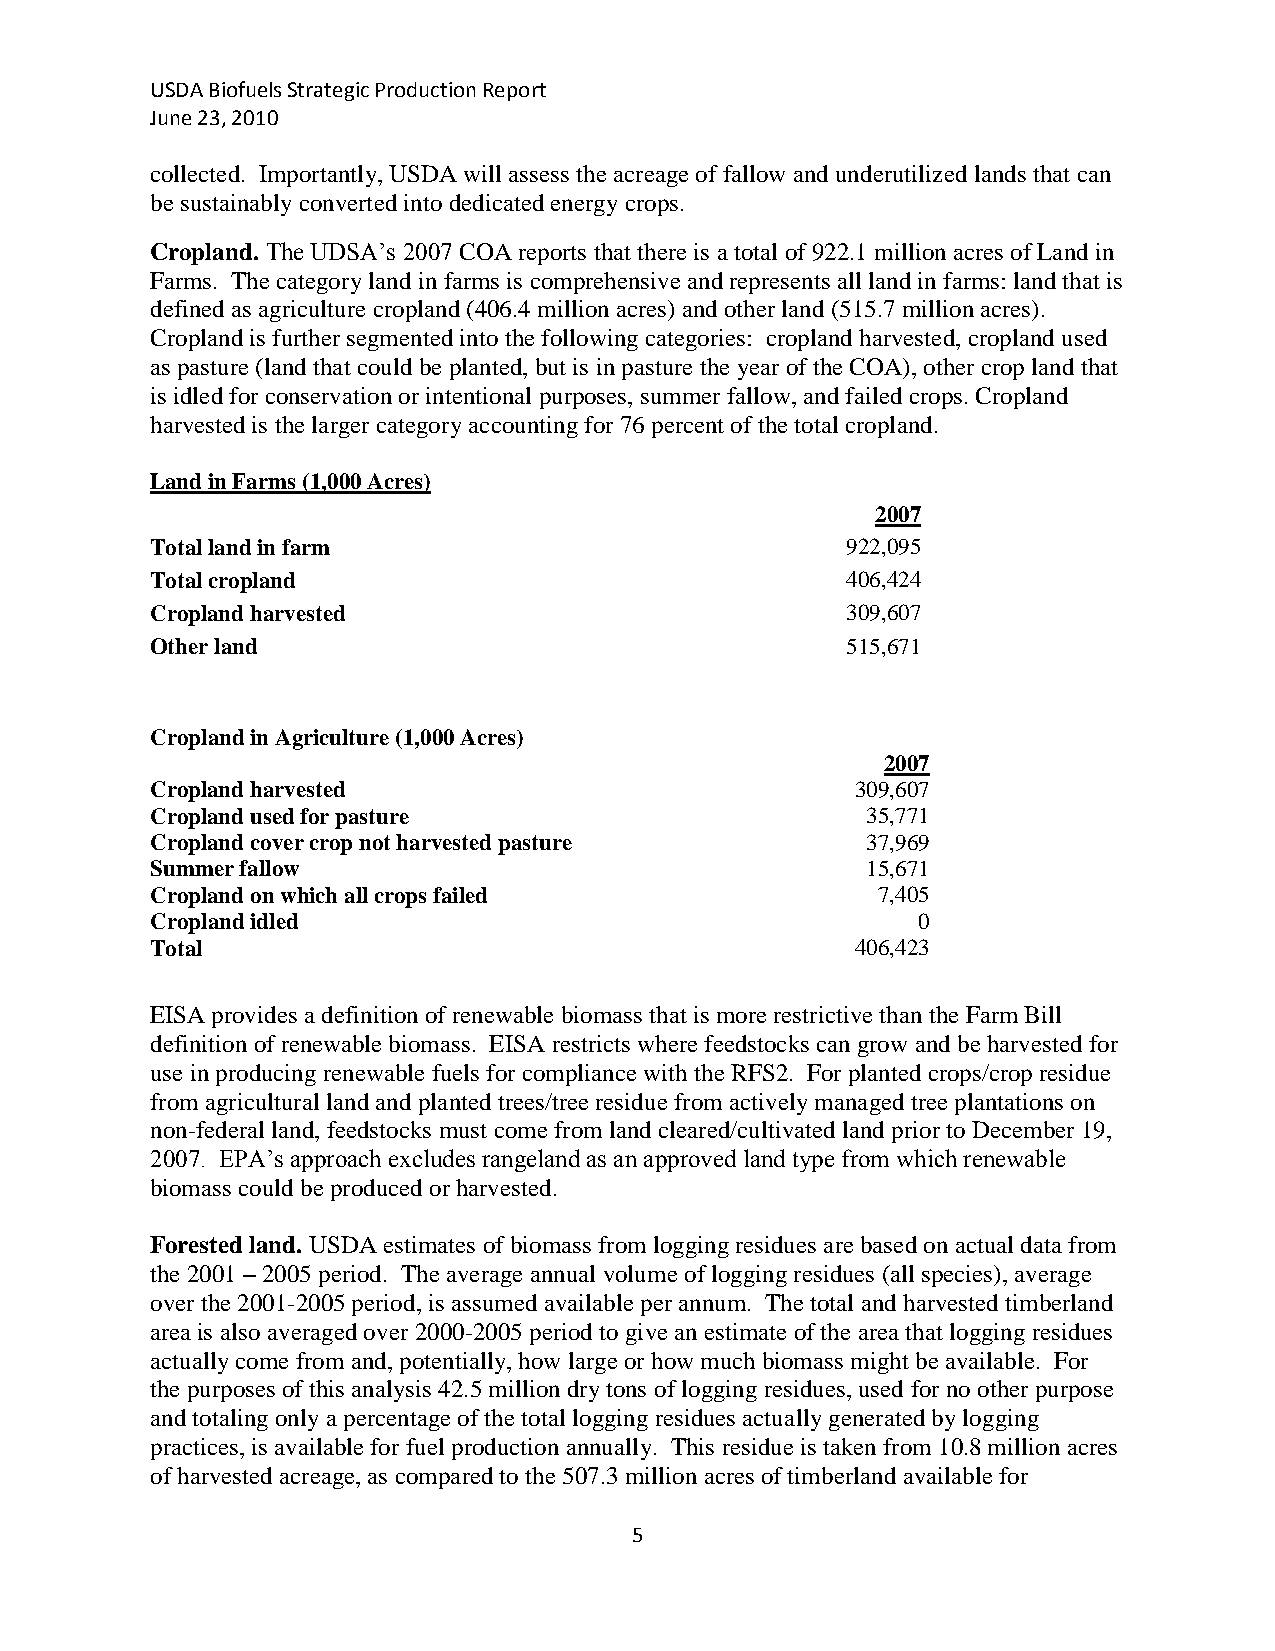
USDA Biofuels Strategic Production Report
 June 23, 2010
 collected. Importantly, USDA will assess the acreage of fallow and underutilized lands that can
 be sustainably converted into dedicated energy crops.
 Cropland. The UDSA’s 2007 COA reports that there is a total of 922.1 million acres of Land in
 Farms. The category land in farms is comprehensive and represents all land in farms: land that is
 defined as agriculture cropland (406.4 million acres) and other land (515.7 million acres).
 Cropland is further segmented into the following categories: cropland harvested, cropland used
 as pasture (land that could be planted, but is in pasture the year of the COA), other crop land that
 is idled for conservation or intentional purposes, summer fallow, and failed crops. Cropland
 harvested is the larger category accounting for 76 percent of the total cropland.
 Land in Farms (1,000 Acres)
 2007
 Total land in farm                            922,095
 Total cropland                                406,424
 Cropland harvested                            309,607
 Other land                                    515,671
 Cropland in Agriculture (1,000 Acres)
 2007
 Cropland harvested                             309,607
 Cropland used for pasture                      35,771
 Cropland cover crop not harvested pasture      37,969
 Summer fallow                                  15,671
 Cropland on which all crops failed              7,405
 Cropland idled                                     0
 Total                                          406,423
 EISA provides a definition of renewable biomass that is more restrictive than the Farm Bill
 definition of renewable biomass. EISA restricts where feedstocks can grow and be harvested for
 use in producing renewable fuels for compliance with the RFS2. For planted crops/crop residue
 from agricultural land and planted trees/tree residue from actively managed tree plantations on
 non-federal land, feedstocks must come from land cleared/cultivated land prior to December 19,
 2007. EPA’s approach excludes rangeland as an approved land type from which renewable
 biomass could be produced or harvested.
 Forested land. USDA estimates of biomass from logging residues are based on actual data from
 the 2001 – 2005 period. The average annual volume of logging residues (all species), average
 over the 2001-2005 period, is assumed available per annum. The total and harvested timberland
 area is also averaged over 2000-2005 period to give an estimate of the area that logging residues
 actually come from and, potentially, how large or how much biomass might be available. For
 the purposes of this analysis 42.5 million dry tons of logging residues, used for no other purpose
 and totaling only a percentage of the total logging residues actually generated by logging
 practices, is available for fuel production annually. This residue is taken from 10.8 million acres
 of harvested acreage, as compared to the 507.3 million acres of timberland available for
 5